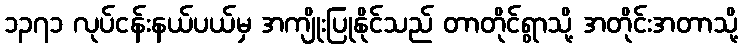
၁၃၇၁ လုပ်ငန်းနယ်ပယ်မှ အကျိုးပြုနိုင်သည် တာတိုင်ရွာသို့ အတိုင်းအတာသို့